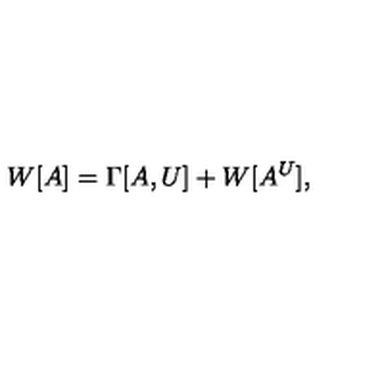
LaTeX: W [ A ] = \Gamma [ A , U ] + W [ A ^ { U } ] ,